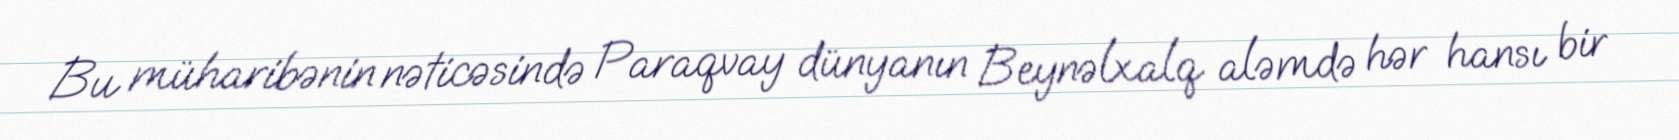
Bu müharibənin nəticəsində Paraqvay dünyanın Beynəlxalq aləmdə hər hansı bir